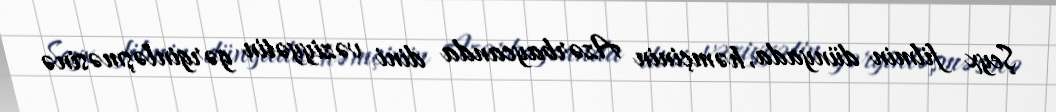
Şeyx filmin dünyada, həmçinin Azərbaycanda dini vəziyyətin gərginləşməsinə